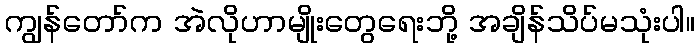
ကျွန်တော်က အဲလိုဟာမျိုးတွေရေးဘို့ အချိန်သိပ်မသုံးပါ။